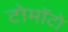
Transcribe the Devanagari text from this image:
टोमॉटो